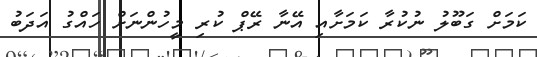
ކަމަށް ގަބޫލު ނުކުރާ ކަމަށާއި އޭނާ ރޭޕް ކުރި މީހުންނަށް ހައްގު އަދަބު